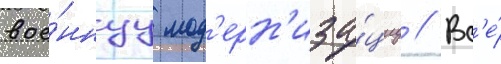
вое́ннуу мод'ерн'иза́циу // Вс'е́